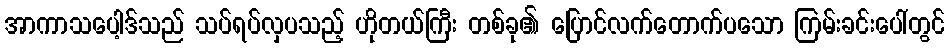
အာကာသပေါ့ဒ်သည် သပ်ရပ်လှပသည့် ဟိုတယ်ကြီး တစ်ခု၏ ပြောင်လက်တောက်ပသော ကြမ်းခင်းပေါ်တွင်